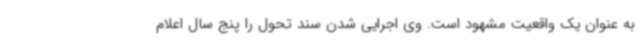
به عنوان یک واقعیت مشهود است. وی اجرایی شدن سند تحول را پنج سال اعلام